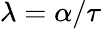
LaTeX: \lambda=\alpha/\tau